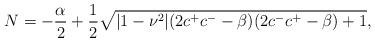
LaTeX: \begin{align*}N=-\frac{\alpha}{2}+\frac{1}{2}\sqrt{|1-\nu^2|(2c^+c^--\beta)(2c^-c^+-\beta)+1},\end{align*}